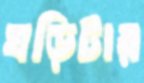
ঘড়িটার